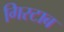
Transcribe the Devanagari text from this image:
गिरटाब